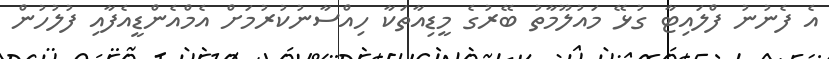
އެ ފެނުނު ފްލައިޓާ ގުޅޭ މައުލޫމާތު ބޭރުގެ މީޑިއާތަކާ ހިއްސާނުކުރުމަށް އެމްއެންޑީއެފާއި ފުލުހުން